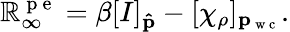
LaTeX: \mathbb{R}_{\infty}^{\mathrm{{~p~e~}}}=\beta[I]_{\mathbf{{\hat{{p}}}}}-[\chi_{\rho}]_{\mathbf{{p}}_{\mathrm{{~w~c~}}}}.